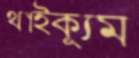
থাইক্যুম